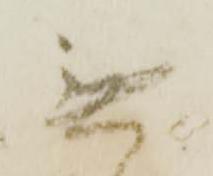
無